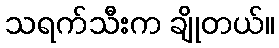
သရက်သီးက ချိုတယ်။